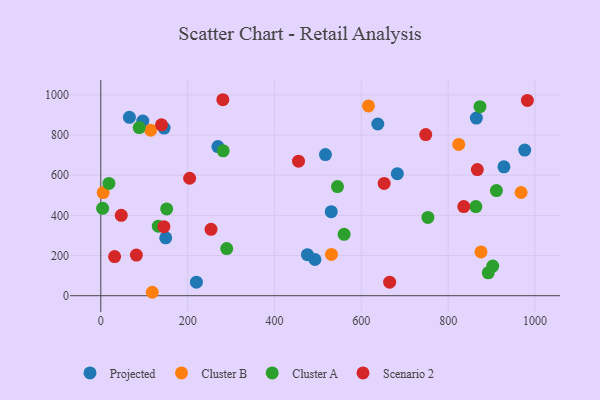
{"axis": {"x": "Ad Spend", "y": "Rating"}, "legend": ["Cluster A", "Cluster B", "Projected", "Scenario 2"], "data": [{"x": "493.2", "y": 180.2, "type": "Projected"}, {"x": "96.8", "y": 869.8, "type": "Projected"}, {"x": "638.0", "y": 854.9, "type": "Projected"}, {"x": "145.8", "y": 834.5, "type": "Projected"}, {"x": "475.9", "y": 204.1, "type": "Projected"}, {"x": "65.9", "y": 888.3, "type": "Projected"}, {"x": "269.7", "y": 742.5, "type": "Projected"}, {"x": "928.5", "y": 642.0, "type": "Projected"}, {"x": "976.4", "y": 725.0, "type": "Projected"}, {"x": "683.0", "y": 607.7, "type": "Projected"}, {"x": "149.5", "y": 288.3, "type": "Projected"}, {"x": "865.0", "y": 884.7, "type": "Projected"}, {"x": "530.7", "y": 418.2, "type": "Projected"}, {"x": "220.2", "y": 67.3, "type": "Projected"}, {"x": "517.4", "y": 702.9, "type": "Projected"}, {"x": "968.1", "y": 513.9, "type": "Cluster B"}, {"x": "824.4", "y": 753.1, "type": "Cluster B"}, {"x": "875.7", "y": 217.9, "type": "Cluster B"}, {"x": "118.5", "y": 17.1, "type": "Cluster B"}, {"x": "114.8", "y": 824.1, "type": "Cluster B"}, {"x": "5.4", "y": 513.8, "type": "Cluster B"}, {"x": "531.2", "y": 205.8, "type": "Cluster B"}, {"x": "616.6", "y": 945.2, "type": "Cluster B"}, {"x": "560.4", "y": 305.6, "type": "Cluster A"}, {"x": "863.8", "y": 443.6, "type": "Cluster A"}, {"x": "902.7", "y": 147.5, "type": "Cluster A"}, {"x": "281.9", "y": 721.2, "type": "Cluster A"}, {"x": "151.7", "y": 432.0, "type": "Cluster A"}, {"x": "18.7", "y": 558.9, "type": "Cluster A"}, {"x": "290.0", "y": 234.7, "type": "Cluster A"}, {"x": "892.4", "y": 113.9, "type": "Cluster A"}, {"x": "132.4", "y": 346.3, "type": "Cluster A"}, {"x": "88.5", "y": 837.3, "type": "Cluster A"}, {"x": "753.4", "y": 389.9, "type": "Cluster A"}, {"x": "4.2", "y": 435.2, "type": "Cluster A"}, {"x": "873.3", "y": 941.5, "type": "Cluster A"}, {"x": "545.1", "y": 543.2, "type": "Cluster A"}, {"x": "911.2", "y": 523.5, "type": "Cluster A"}, {"x": "665.3", "y": 67.4, "type": "Scenario 2"}, {"x": "145.4", "y": 344.0, "type": "Scenario 2"}, {"x": "748.4", "y": 802.2, "type": "Scenario 2"}, {"x": "455.4", "y": 670.1, "type": "Scenario 2"}, {"x": "81.9", "y": 202.5, "type": "Scenario 2"}, {"x": "867.2", "y": 628.2, "type": "Scenario 2"}, {"x": "652.6", "y": 558.9, "type": "Scenario 2"}, {"x": "836.0", "y": 444.0, "type": "Scenario 2"}, {"x": "139.8", "y": 851.0, "type": "Scenario 2"}, {"x": "982.5", "y": 972.4, "type": "Scenario 2"}, {"x": "204.6", "y": 585.0, "type": "Scenario 2"}, {"x": "281.1", "y": 975.9, "type": "Scenario 2"}, {"x": "47.1", "y": 400.1, "type": "Scenario 2"}, {"x": "31.8", "y": 195.0, "type": "Scenario 2"}, {"x": "253.9", "y": 330.4, "type": "Scenario 2"}]}